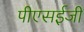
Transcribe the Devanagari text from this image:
पीएसईजी